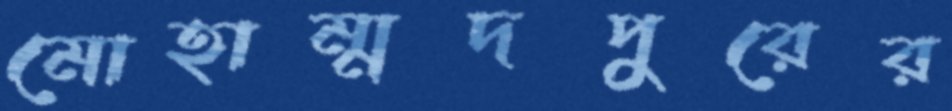
মোহাম্মদপুরের